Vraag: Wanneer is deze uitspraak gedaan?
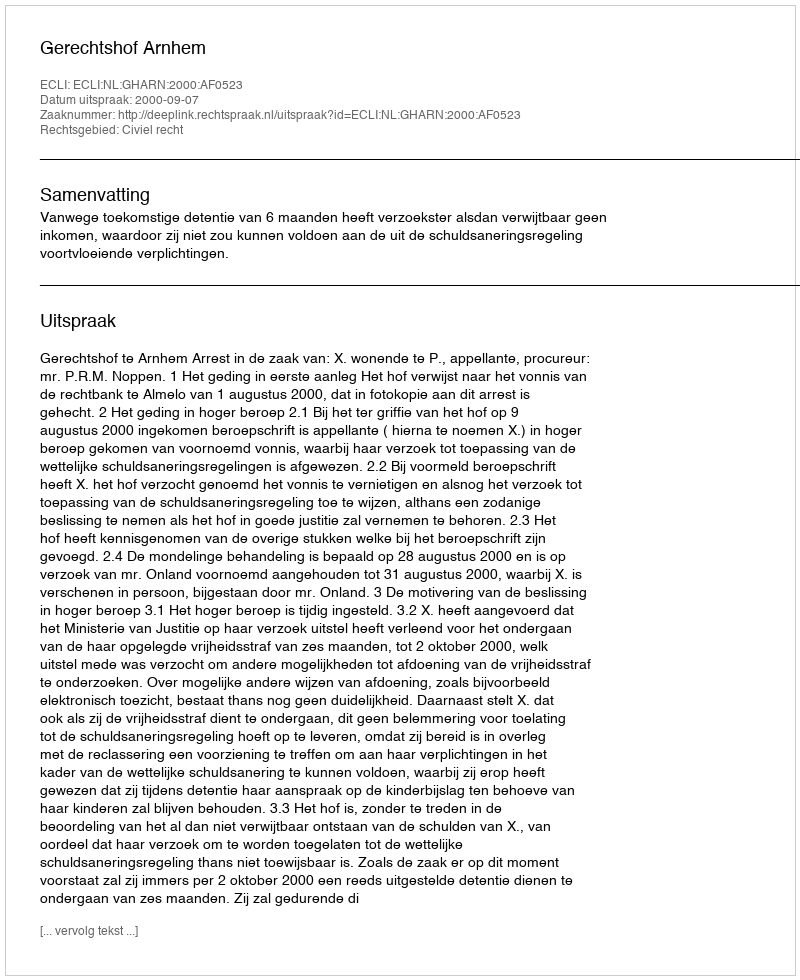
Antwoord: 2000-09-07